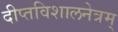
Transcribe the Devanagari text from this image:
दीप्तविशालनेत्रम्